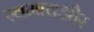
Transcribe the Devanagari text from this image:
स्वभावऔर